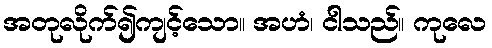
အတုလိုက်၍ကျင့်သော။ အဟံ၊ ငါသည်။ ကုလေ